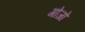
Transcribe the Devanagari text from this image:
गोजो